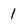
Character: 1